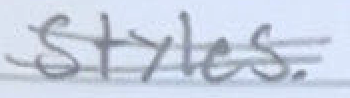
Text: styles.
Cross-out: double-line
Writing tool: pencil